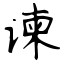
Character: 谏